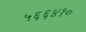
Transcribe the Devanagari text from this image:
५६६४१०